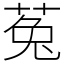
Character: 菟